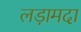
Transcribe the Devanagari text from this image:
लड़ामदा